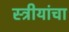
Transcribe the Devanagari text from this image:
स्त्रीयांचा